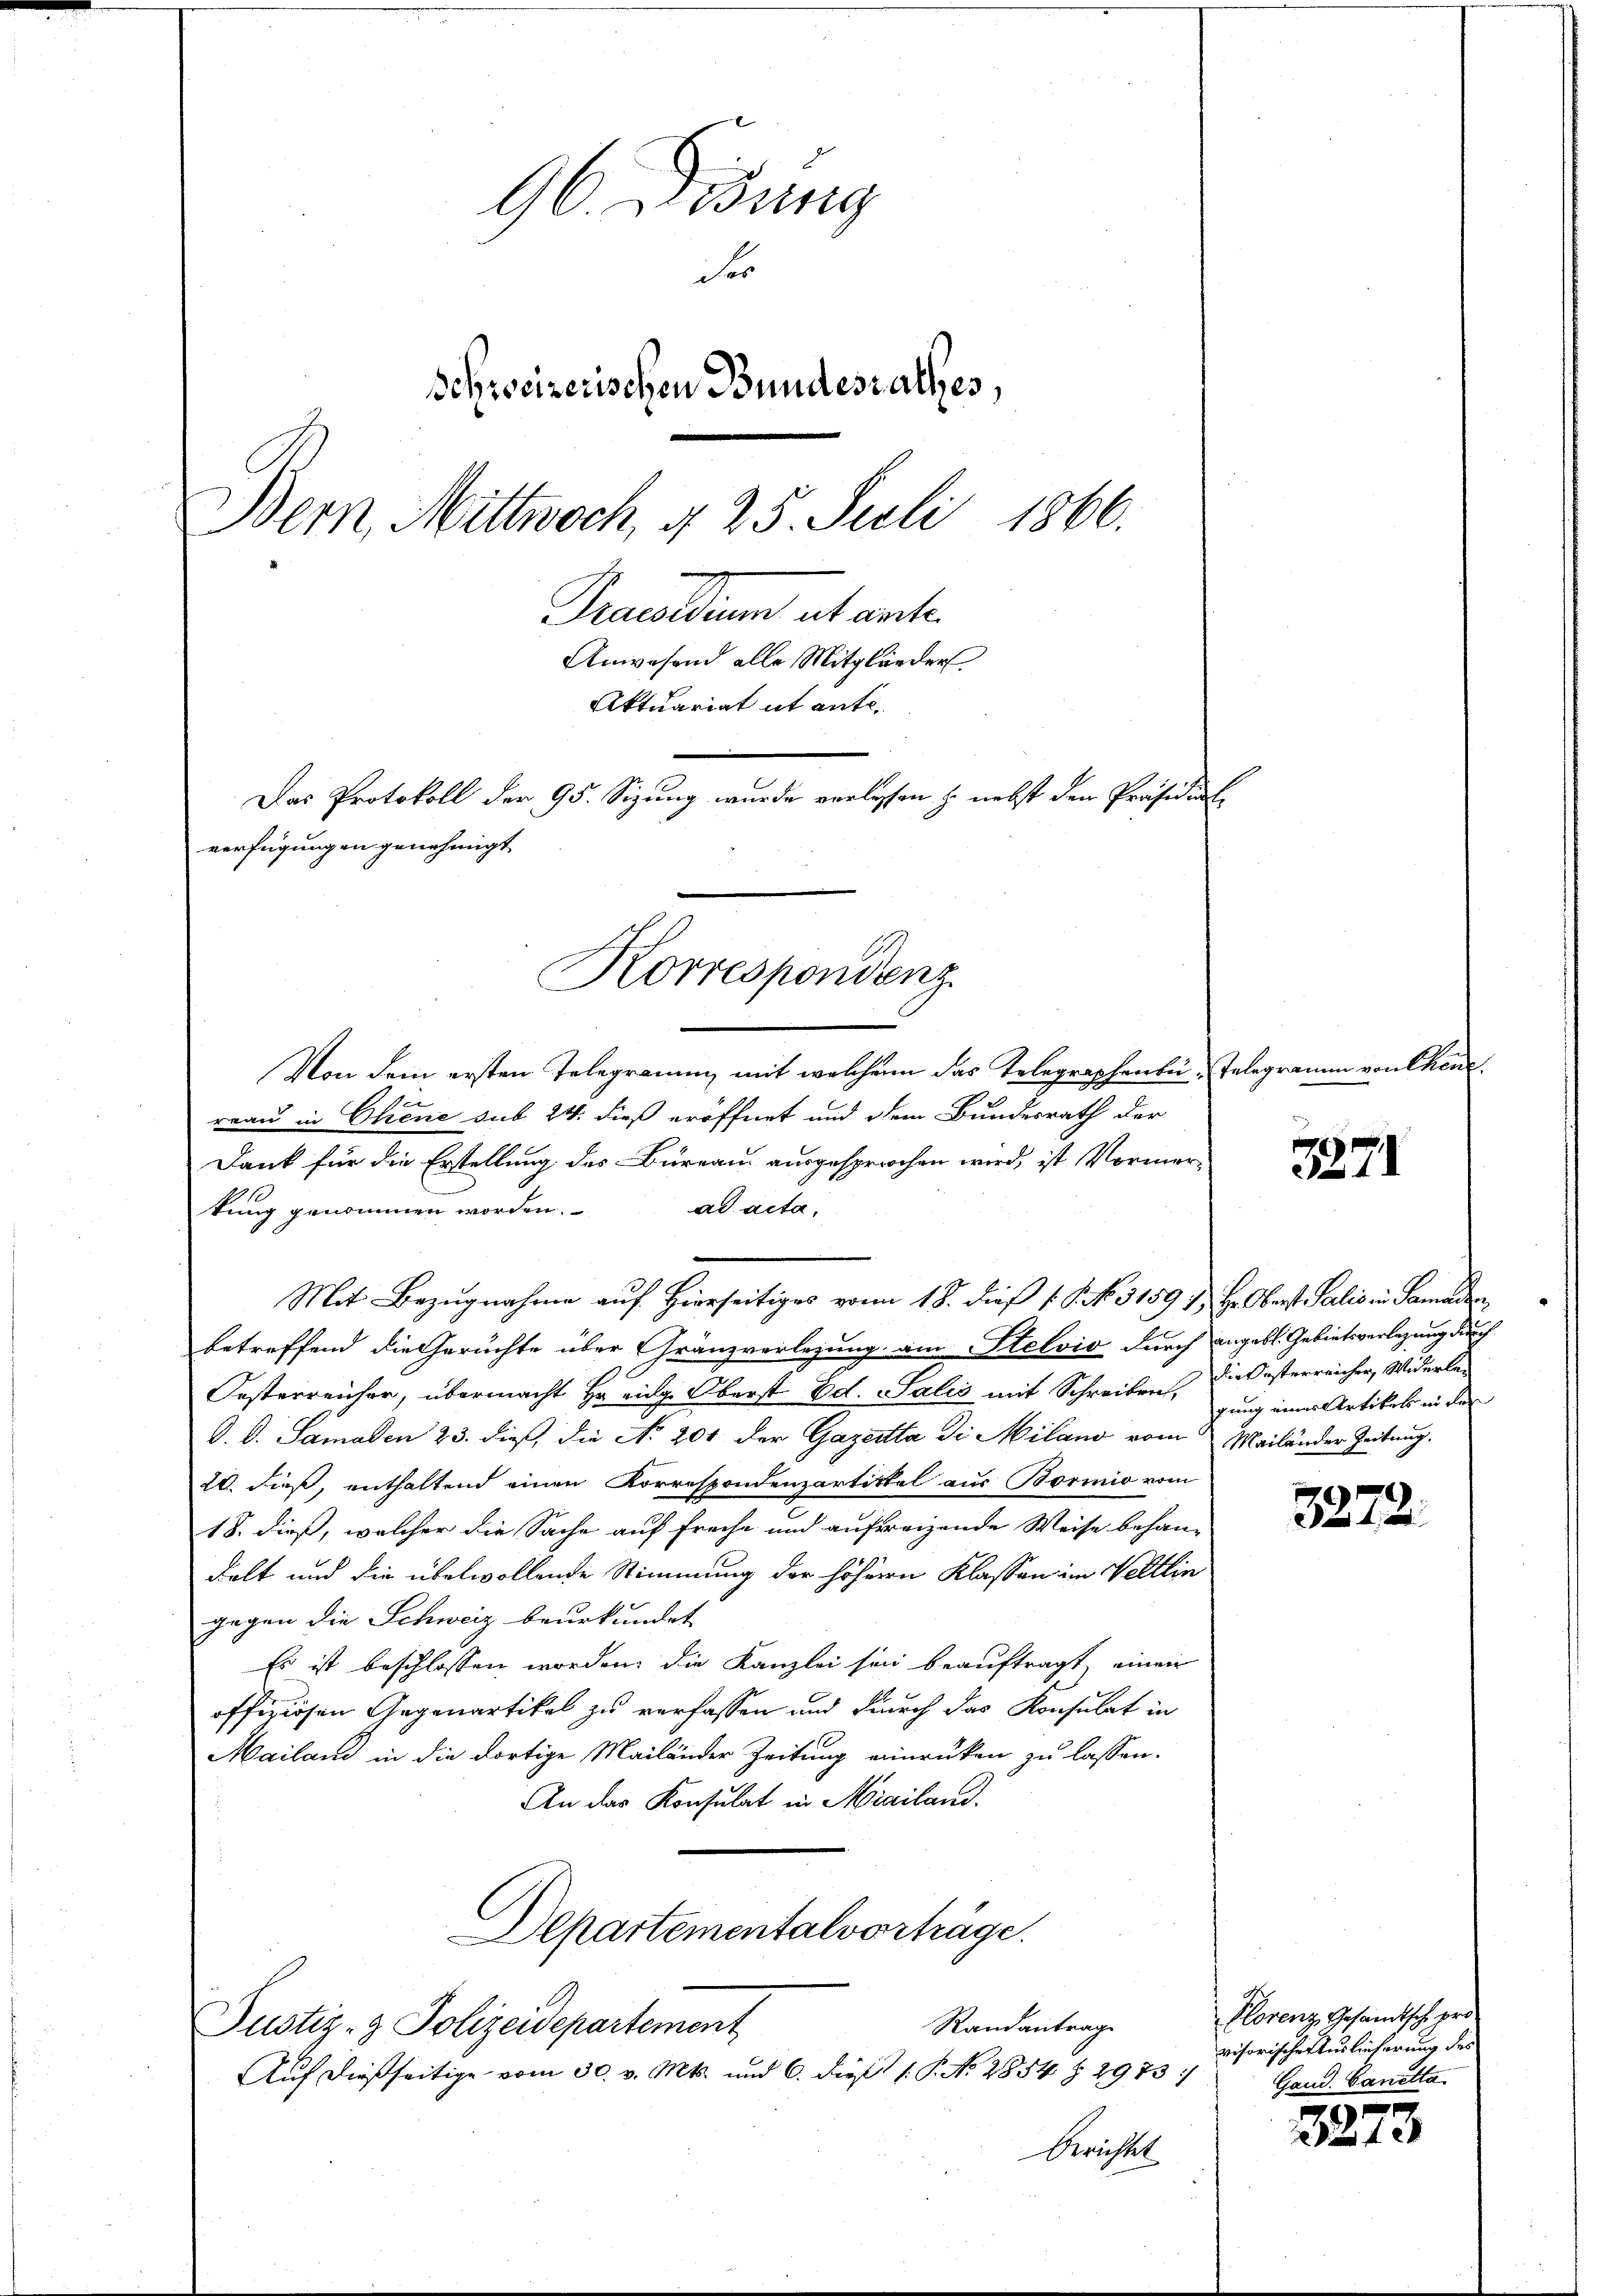
96. Didung
des
Schweizerischen Bundesrathes,
Bern, Mittwoch, § 25. Juli 1866.
Praedium ab ante.
Anwesend alle Mitglieder
Aktuariat it ente.
Das Protokoll der 95. Sizung wurde verlassen u. nebst den Präsidialverfügungen genehmigt

Korrespondenz

Von dem ersten Telegramm mit welchem das Telegraphenbürau in Chene sub 24. dieß eröffnet und dem Bundesrath der
Dank für die Erstellung des Büreau ausgesprochen wird, ist Vormerad acta,
kung genommen worden.
Mit Bezugnahme auf Herrseitiges von 18. dieß (. . . 31591 H. Oberst Salis in Samaden
betreffend die Geruchte über Gränzverlegung am Stelvis durch angebl. Gebietsverlegung durch
Oesterreicher, übermacht Hr. eidg. Oberst Ed. Salis mit Schreiben, die Oesterreicher, Widerle¬
D. G. Samaden 23. dieß, die No 201 der Gazetta di Milano vom Mailänder Zeitung.
20. dieß, enthaltend einen Korrespondenzartittel aus Bormnio vom
18. dieß, welcher die Sache auf freihe und aufweisende Weise behan-
delt und die übelwollende Stimmung der höhern Klassen im Veltlin
gegen die Schweiz beurkundet
Es ist beschlossen worden, die Kanzlei sind beauftragt, einen
offiziösen Gegenartikel zu verfassen und durch das Konsulat in
Mailand in die dortige Mailänder Zeitung einrüken zu lassen.
An das Konsulat in Mailand.
Departementalverträge.
Randantrage
Justiz- & Polizeidepartement
Auf dießseitige vom 30. v. Mts. und 6. dieß P. No 2854 § 2973
Berichtet

Telegramm von Chene

2871

gung eines Artikel in der

3872.

Plorenz Gesandtsch pro
visorischer Auslieferung des
Gand. Sanitta

2273